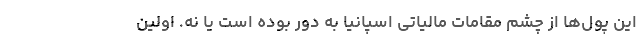
این پول‌ها از چشم مقامات مالیاتی اسپانیا به دور بوده‌ است یا نه. اولین